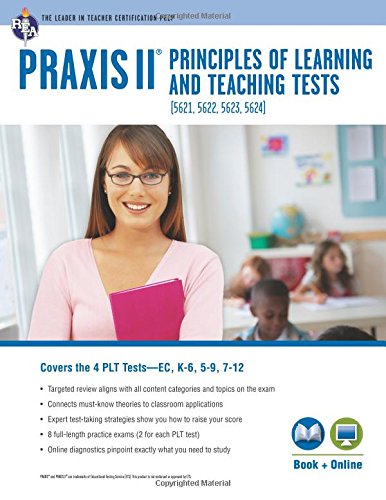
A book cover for PRAXIS II PLT EC, K-6, 5-9 and 7-12: Book + Online (PRAXIS Teacher Certification Test Prep); Mr. John Allen; Test Preparation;